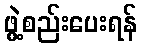
ဖွဲ့စည်းပေးရန်